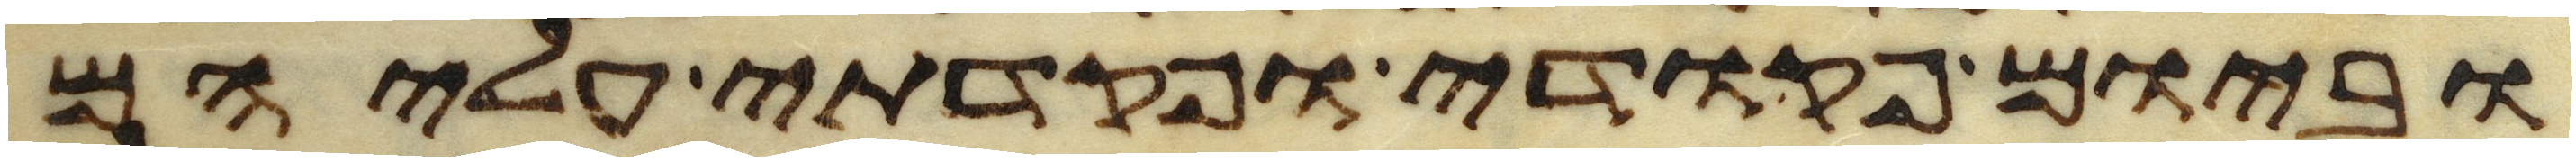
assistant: וביום פקודי ופקדתי עליהם